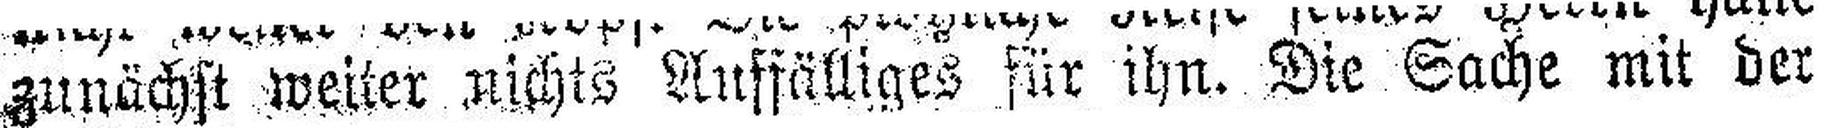
zunächst weiter nichts Auffälliges für ihn. Die Sache mit der